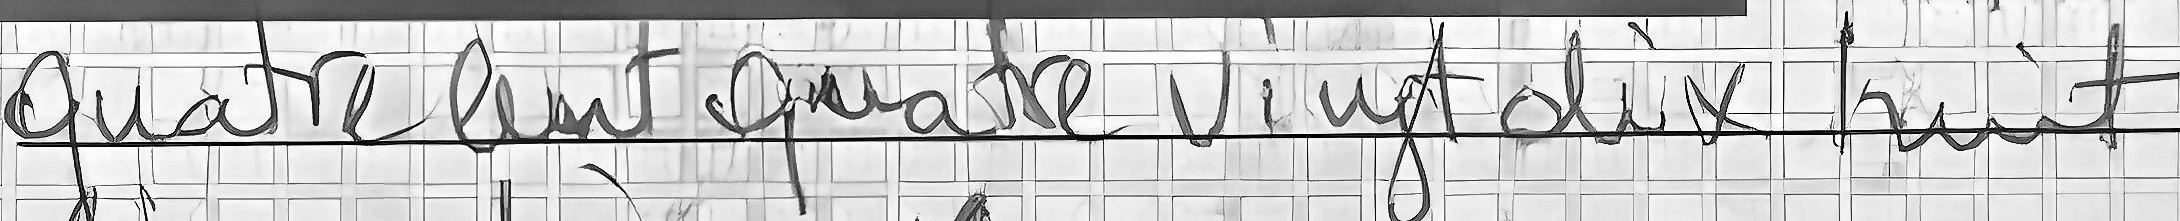
Quatre cent quatre vingt dix huit